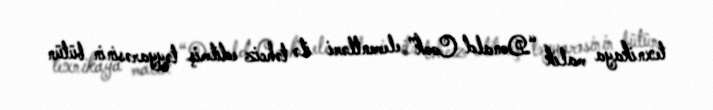
texnikaya malik “Donald Cook” elementləri ilə təhciz edilmiş təyyarəsinin bütün